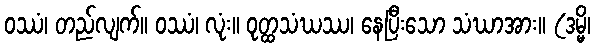
ဝဿံ၊ တည်လျက်။ ဝဿံ၊ လုံး။ ဝုတ္ထသံဃဿ၊ နေပြီးသော သံဃာအား။ (ဒမ္မိ၊